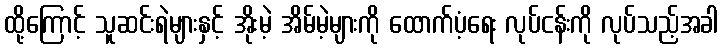
ထို့ကြောင့် သူဆင်းရဲများနှင့် အိုးမဲ့ အိမ်မဲ့များကို ထောက်ပံ့ရေး လုပ်ငန်းကို လုပ်သည့်အခါ